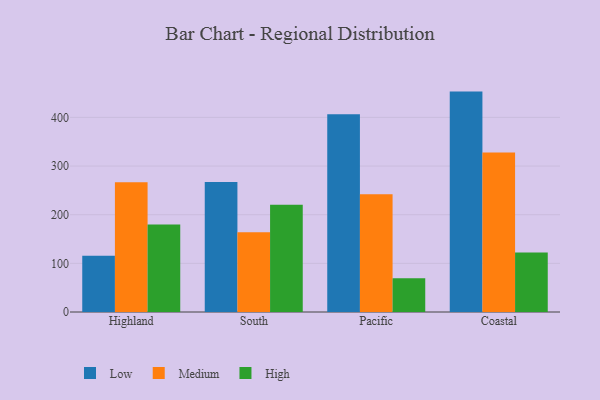
{"axis": {"x": "Region", "y": "Inventory Turnover"}, "legend": ["High", "Low", "Medium"], "data": [{"x": "Highland", "y": 115.6, "type": "Low"}, {"x": "Highland", "y": 266.5, "type": "Medium"}, {"x": "Highland", "y": 180.0, "type": "High"}, {"x": "South", "y": 267.3, "type": "Low"}, {"x": "South", "y": 164.0, "type": "Medium"}, {"x": "South", "y": 220.6, "type": "High"}, {"x": "Pacific", "y": 406.4, "type": "Low"}, {"x": "Pacific", "y": 241.8, "type": "Medium"}, {"x": "Pacific", "y": 69.6, "type": "High"}, {"x": "Coastal", "y": 453.0, "type": "Low"}, {"x": "Coastal", "y": 327.6, "type": "Medium"}, {"x": "Coastal", "y": 122.3, "type": "High"}]}